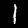
Digit: 1